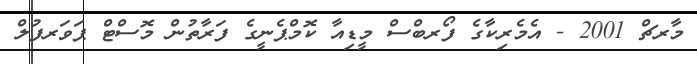
މާރޗް 2001 - އެމެރިކާގެ ފޯރބްސް މީޑިއާ ކޮމްޕެނީގެ ފަރާތުން މޮސްޓް ޕަވަރފުލް